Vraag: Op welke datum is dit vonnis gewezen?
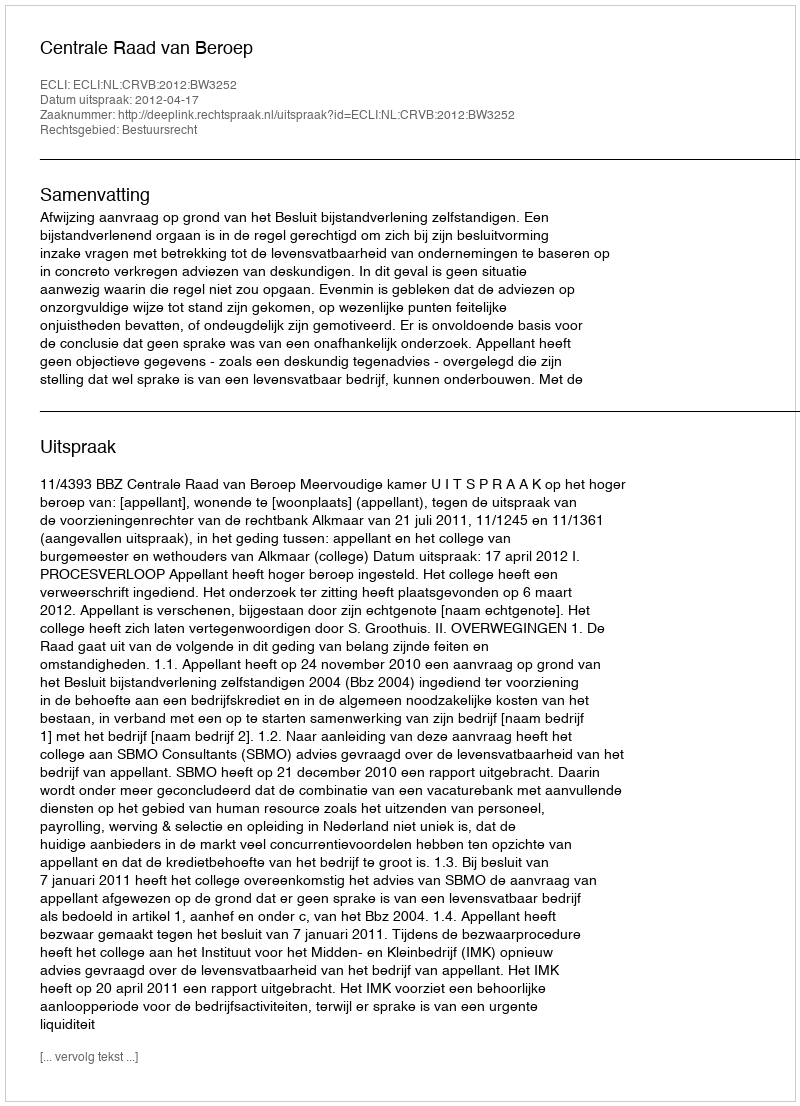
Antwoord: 2012-04-17